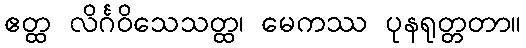
ဧတ္ထ လိင်္ဂဝိသေသတ္ထ၊ မေကဿ ပုနရုတ္တတာ။